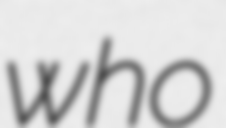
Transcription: who